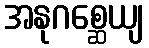
အနုဂစ္ဆေယျ